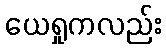
ယေရှုကလည်း